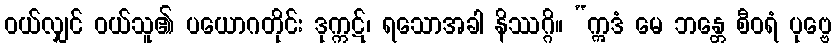
ဝယ်လျှင် ဝယ်သူ၏ ပယောဂတိုင်း ဒုက္ကဋ်၊ ရသောအခါ နိဿဂ္ဂိ။ “ဣဒံ မေ ဘန္တေ စီဝရံ ပုဗ္ဗေ